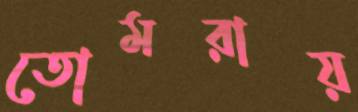
তোমরায়